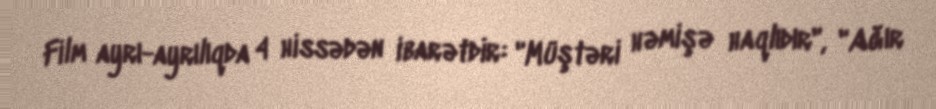
Film ayrı-ayrılıqda 4 hissədən ibarətdir: "Müştəri həmişə haqlıdır", "Ağır